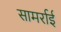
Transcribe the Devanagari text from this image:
सामर्राई